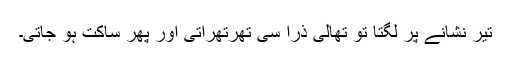
تیر نشانے پر لگتا تو تھالی ذرا سی تھرتھراتی اور پھر ساکت ہو جاتی۔